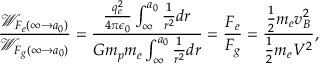
\frac { \mathcal W _ { F _ { e } ( \infty \rightarrow a _ { 0 } ) } } { \mathcal W _ { F _ { g } ( \infty \rightarrow a _ { 0 } ) } } = \frac { \frac { q _ { e } ^ { 2 } } { 4 \pi \epsilon _ { 0 } } \int _ { \infty } ^ { a _ { 0 } } \frac { 1 } { r ^ { 2 } } d r } { G m _ { p } m _ { e } \int _ { \infty } ^ { a _ { 0 } } \frac { 1 } { r ^ { 2 } } d r } = \frac { F _ { e } } { F _ { g } } = \frac { \frac { 1 } { 2 } m _ { e } v _ { B } ^ { 2 } } { \frac { 1 } { 2 } m _ { e } V ^ { 2 } } ,